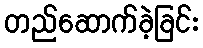
တည်ဆောက်ခဲ့ခြင်း